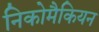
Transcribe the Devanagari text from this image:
निकोमैकियन